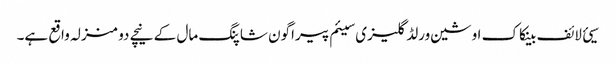
سیئ لائف بینکاک اوشین ورلڈ گلیزی سیئم پیراگون شاپنگ مال کے نیچے دو منزلہ واقع ہے۔